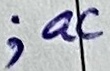
Text: ;ac